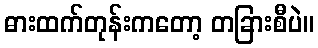
ဓားထက်တုန်းကတော့ တခြားစီပဲ။